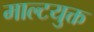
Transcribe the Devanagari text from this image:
माल्टयुक्त